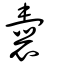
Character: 嚢